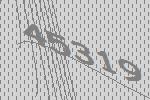
45319